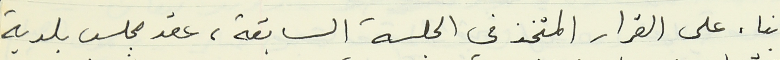
بناء على القرار المتخذ في الجلسة السابقة، عقد مجلس بلدية